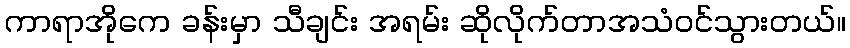
ကာရာအိုကေ ခန်းမှာ သီချင်း အရမ်း ဆိုလိုက်တာအသံဝင်သွားတယ်။